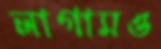
লাগামও